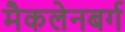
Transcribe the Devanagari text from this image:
मैकलेनबर्ग